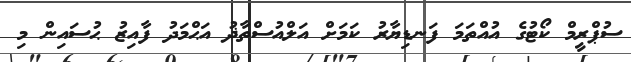
ސުޕްރީމް ކޯޓުގެ އުއްތަމަ ފަނޑިޔާރު ކަމަށް އަލްއުސްތާޛު އަޙްމަދު ފާއިޒު ޙުސައިން މި